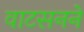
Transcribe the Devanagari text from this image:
वाटसनने